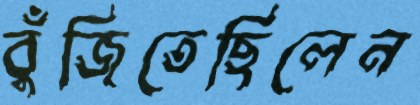
বুঁজিতেছিলেন